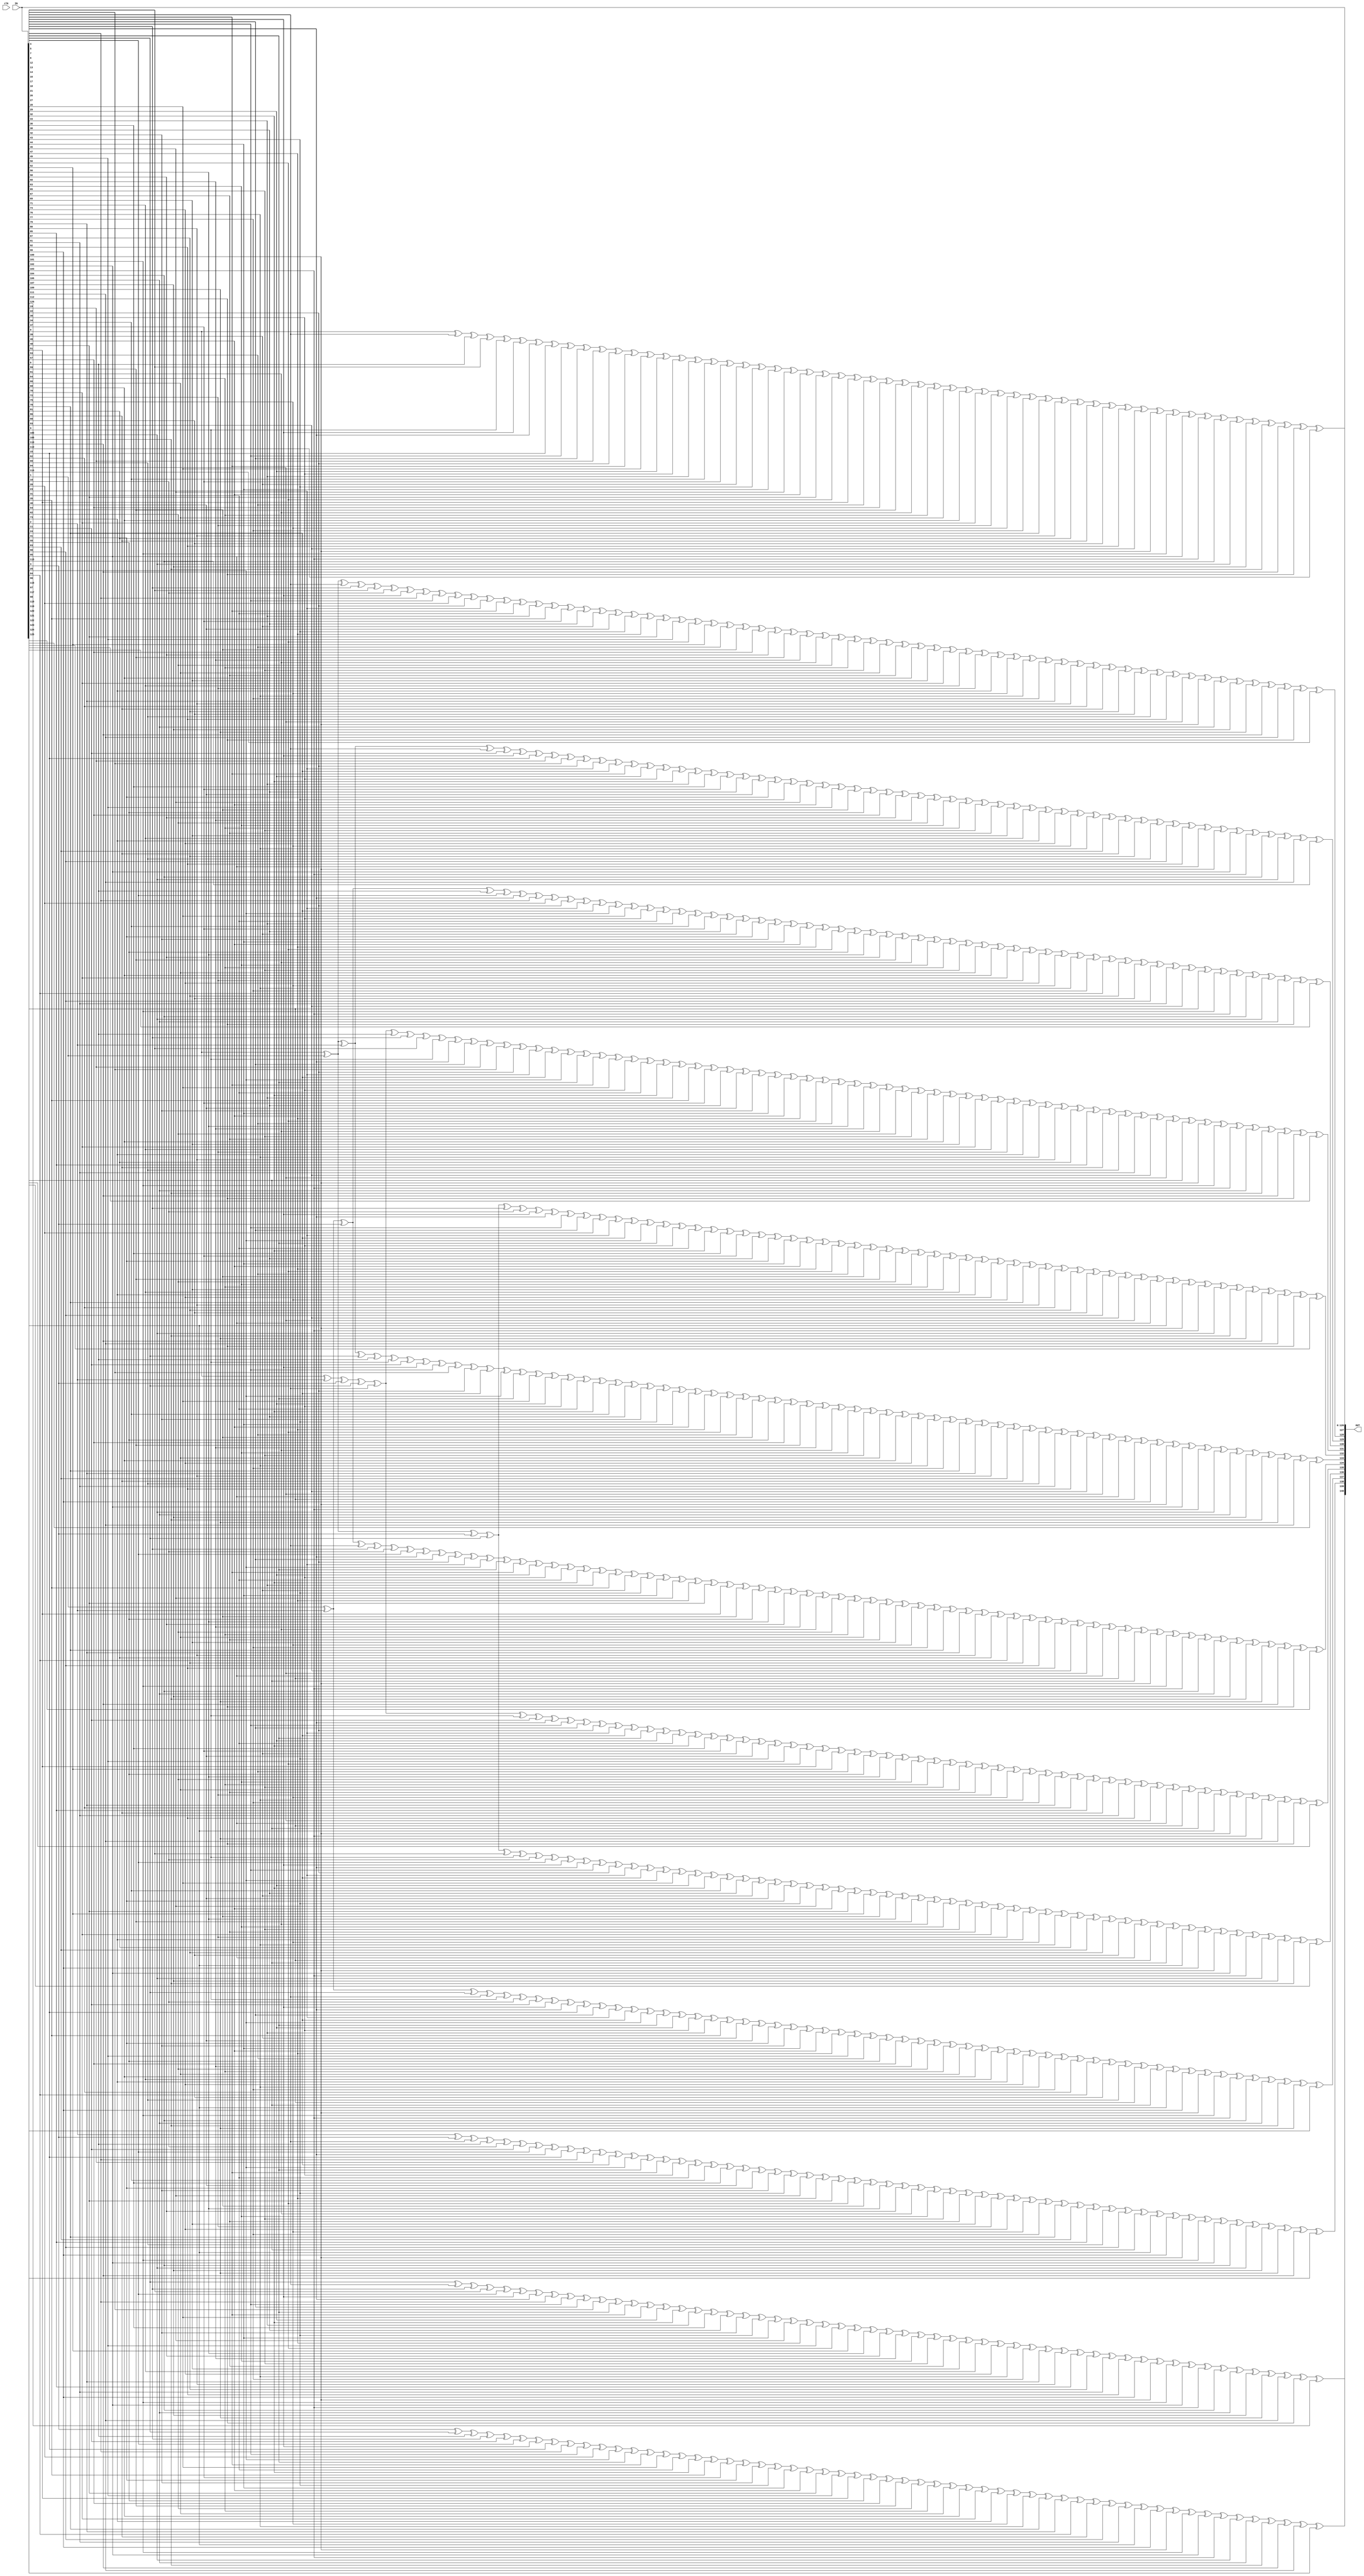
//
// Encoder for 128 bit DEC
//
//

module enc_top (
    input [126:0] IN, 
    output reg [140:0] OUT,
    input clk   
);

    always @(*) begin
       OUT[126:0] <= IN[126:0];
       OUT[127] <= IN[0]^ IN[5]^ IN[6]^ IN[8]^ IN[9]^ IN[13]^ IN[14]^ IN[15]^ IN[17]^ IN[18]^ IN[19]^
              IN[22]^ IN[27]^ IN[28]^ IN[29]^ IN[30]^ IN[33]^ IN[34]^ IN[37]^ IN[39]^ IN[43]^
              IN[44]^ IN[45]^ IN[46]^ IN[48]^ IN[50]^ IN[51]^ IN[53]^ IN[57]^ IN[59]^ IN[61]^
              IN[64]^ IN[66]^ IN[68]^ IN[70]^ IN[72]^ IN[75]^ IN[77]^ IN[78]^ IN[80]^ IN[81]^
              IN[86]^ IN[88]^ IN[92]^ IN[93]^ IN[100]^ IN[101]^ IN[102]^ IN[103]^ IN[104]^ IN[105]^
              IN[107]^ IN[108]^ IN[110]^ IN[112]^ IN[113];

       OUT[128] <= IN[0]^ IN[1]^ IN[5]^ IN[7]^ IN[8]^ IN[10]^ IN[13]^ IN[16]^ IN[17]^ IN[20]^ IN[22]^
              IN[23]^ IN[27]^ IN[31]^ IN[33]^ IN[35]^ IN[37]^ IN[38]^ IN[39]^ IN[40]^ IN[43]^
              IN[47]^ IN[48]^ IN[49]^ IN[50]^ IN[52]^ IN[53]^ IN[54]^ IN[57]^ IN[58]^ IN[59]^
              IN[60]^ IN[61]^ IN[62]^ IN[64]^ IN[65]^ IN[66]^ IN[67]^ IN[68]^ IN[69]^ IN[70]^
              IN[71]^ IN[72]^ IN[73]^ IN[75]^ IN[76]^ IN[77]^ IN[79]^ IN[80]^ IN[82]^ IN[86]^
              IN[87]^ IN[88]^ IN[89]^ IN[92]^ IN[94]^ IN[100]^ IN[106]^ IN[107]^ IN[109]^ IN[110]^
              IN[111]^ IN[112]^ IN[114];

       OUT[129] <=  IN[0]^ IN[1]^ IN[2]^ IN[5]^ IN[11]^ IN[13]^ IN[15]^ IN[19]^ IN[21]^ IN[22]^ IN[23]^
               IN[24]^ IN[27]^ IN[29]^ IN[30]^ IN[32]^ IN[33]^ IN[36]^ IN[37]^ IN[38]^ IN[40]^
               IN[41]^ IN[43]^ IN[45]^ IN[46]^ IN[49]^ IN[54]^ IN[55]^ IN[57]^ IN[58]^ IN[60]^
               IN[62]^ IN[63]^ IN[64]^ IN[65]^ IN[67]^ IN[69]^ IN[71]^ IN[73]^ IN[74]^ IN[75]^
               IN[76]^ IN[83]^ IN[86]^ IN[87]^ IN[89]^ IN[90]^ IN[92]^ IN[95]^ IN[100]^ IN[102]^
               IN[103]^ IN[104]^ IN[105]^ IN[111]^ IN[115];

       OUT[130] <=  IN[1]^ IN[2]^ IN[3]^ IN[6]^ IN[12]^ IN[14]^ IN[16]^ IN[20]^ IN[22]^ IN[23]^ IN[24]^
               IN[25]^ IN[28]^ IN[30]^ IN[31]^ IN[33]^ IN[34]^ IN[37]^ IN[38]^ IN[39]^ IN[41]^ IN[42]^
               IN[44]^ IN[46]^ IN[47]^ IN[50]^ IN[55]^ IN[56]^ IN[58]^ IN[59]^ IN[61]^ IN[63]^ IN[64]^
               IN[65]^ IN[66]^ IN[68]^ IN[70]^ IN[72]^ IN[74]^ IN[75]^ IN[76]^ IN[77]^ IN[84]^ IN[87]^
               IN[88]^ IN[90]^ IN[91]^ IN[93]^ IN[96]^ IN[101]^ IN[103]^ IN[104]^ IN[105]^ IN[106]^
               IN[112]^ IN[116];

       OUT[131] <=  IN[0]^ IN[2]^ IN[3]^ IN[4]^ IN[5]^ IN[6]^ IN[7]^ IN[8]^ IN[9]^ IN[14]^ IN[18]^ IN[19]^
               IN[21]^ IN[22]^ IN[23]^ IN[24]^ IN[25]^ IN[26]^ IN[27]^ IN[28]^ IN[30]^ IN[31]^ IN[32]^
               IN[33]^ IN[35]^ IN[37]^ IN[38]^ IN[40]^ IN[42]^ IN[44]^ IN[46]^ IN[47]^ IN[50]^ IN[53]^
               IN[56]^ IN[60]^ IN[61]^ IN[62]^ IN[65]^ IN[67]^ IN[68]^ IN[69]^ IN[70]^ IN[71]^ IN[72]^
               IN[73]^ IN[76]^ IN[80]^ IN[81]^ IN[85]^ IN[86]^ IN[89]^ IN[91]^ IN[93]^ IN[94]^ IN[97]^
               IN[100]^ IN[101]^ IN[103]^ IN[106]^ IN[108]^ IN[110]^ IN[112]^ IN[117];

       OUT[132] <=  IN[0]^ IN[1]^ IN[3]^ IN[4]^ IN[7]^ IN[10]^ IN[13]^ IN[14]^ IN[17]^ IN[18]^ IN[20]^ IN[23]^
               IN[24]^ IN[25]^ IN[26]^ IN[30]^ IN[31]^ IN[32]^ IN[36]^ IN[37]^ IN[38]^ IN[41]^ IN[44]^																		   
               IN[46]^ IN[47]^ IN[50]^ IN[53]^ IN[54]^ IN[59]^ IN[62]^ IN[63]^ IN[64]^ IN[69]^ IN[71]^
               IN[73]^ IN[74]^ IN[75]^ IN[78]^ IN[80]^ IN[82]^ IN[87]^ IN[88]^ IN[90]^ IN[93]^ IN[94]^
               IN[95]^ IN[98]^ IN[100]^ IN[103]^ IN[105]^ IN[108]^ IN[109]^ IN[110]^ IN[111]^ IN[112]^
               IN[118];

       OUT[133] <=  IN[0]^ IN[1]^ IN[2]^ IN[4]^ IN[6]^ IN[9]^ IN[11]^ IN[13]^ IN[17]^ IN[21]^ IN[22]^ IN[24]^
               IN[25]^ IN[26]^ IN[28]^ IN[29]^ IN[30]^ IN[31]^ IN[32]^ IN[34]^ IN[38]^ IN[42]^ IN[43]^
               IN[44]^ IN[46]^ IN[47]^ IN[50]^ IN[53]^ IN[54]^ IN[55]^ IN[57]^ IN[59]^ IN[60]^ IN[61]^
               IN[63]^ IN[65]^ IN[66]^ IN[68]^ IN[74]^ IN[76]^ IN[77]^ IN[78]^ IN[79]^ IN[80]^ IN[83]^
               IN[86]^ IN[89]^ IN[91]^ IN[92]^ IN[93]^ IN[94]^ IN[95]^ IN[96]^ IN[99]^ IN[100]^ IN[102]^
               IN[103]^ IN[105]^ IN[106]^ IN[107]^ IN[108]^ IN[109]^ IN[111]^ IN[119];

       OUT[134] <=  IN[1]^ IN[2]^ IN[3]^ IN[5]^ IN[7]^ IN[10]^ IN[12]^ IN[14]^ IN[18]^ IN[22]^ IN[23]^ IN[25]^
               IN[26]^ IN[27]^ IN[29]^ IN[30]^ IN[31]^ IN[32]^ IN[33]^ IN[35]^ IN[39]^ IN[43]^ IN[44]^
               IN[45]^ IN[47]^ IN[48]^ IN[51]^ IN[54]^ IN[55]^ IN[56]^ IN[58]^ IN[60]^ IN[61]^ IN[62]^
               IN[64]^ IN[66]^ IN[67]^ IN[69]^ IN[75]^ IN[77]^ IN[78]^ IN[79]^ IN[80]^ IN[81]^ IN[84]^ 
               IN[87]^ IN[90]^ IN[92]^ IN[93]^ IN[94]^ IN[95]^ IN[96]^ IN[97]^ IN[100]^ IN[101]^ IN[103]^
               IN[104]^ IN[106]^ IN[107]^ IN[108]^ IN[109]^ IN[110]^ IN[112]^ IN[120];

       OUT[135] <=  IN[0]^ IN[2]^ IN[3]^ IN[4]^ IN[5]^ IN[9]^ IN[11]^ IN[14]^ IN[17]^ IN[18]^ IN[22]^ IN[23]^
               IN[24]^ IN[26]^ IN[29]^ IN[31]^ IN[32]^ IN[36]^ IN[37]^ IN[39]^ IN[40]^ IN[43]^ IN[49]^
               IN[50]^ IN[51]^ IN[52]^ IN[53]^ IN[55]^ IN[56]^ IN[62]^ IN[63]^ IN[64]^ IN[65]^ IN[66]^
               IN[67]^ IN[72]^ IN[75]^ IN[76]^ IN[77]^ IN[79]^ IN[82]^ IN[85]^ IN[86]^ IN[91]^ IN[92]^
               IN[94]^ IN[95]^ IN[96]^ IN[97]^ IN[98]^ IN[100]^ IN[103]^ IN[109]^ IN[111]^ IN[112]^ IN[121];

       OUT[136] <=  IN[0]^ IN[1]^ IN[3]^ IN[4]^ IN[8]^ IN[9]^ IN[10]^ IN[12]^ IN[13]^ IN[14]^ IN[17]^ IN[22]^ IN[23]^
               IN[24]^ IN[25]^ IN[28]^ IN[29]^ IN[32]^ IN[34]^ IN[38]^ IN[39]^ IN[40]^ IN[41]^ IN[43]^ IN[45]^
               IN[46]^ IN[48]^ IN[52]^ IN[54]^ IN[56]^ IN[59]^ IN[61]^ IN[63]^ IN[65]^ IN[67]^ IN[70]^ IN[72]^
               IN[73]^ IN[75]^ IN[76]^ IN[81]^ IN[83]^ IN[87]^ IN[88]^ IN[95]^ IN[96]^ IN[97]^ IN[98]^ IN[99]^
               IN[100]^ IN[102]^ IN[103]^ IN[105]^ IN[107]^ IN[108]^ IN[122];

       OUT[137] <= IN[1]^ IN[2]^ IN[4]^ IN[5]^ IN[9]^ IN[10]^ IN[11]^ IN[13]^ IN[14]^ IN[15]^ IN[18]^ IN[23]^ IN[24]^
               IN[25]^ IN[26]^ IN[29]^ IN[30]^ IN[33]^ IN[35]^ IN[39]^ IN[40]^ IN[41]^ IN[42]^ IN[44]^ IN[46]^
               IN[47]^ IN[49]^ IN[53]^ IN[55]^ IN[57]^ IN[60]^ IN[62]^ IN[64]^ IN[66]^ IN[68]^ IN[71]^ IN[73]^
               IN[74]^ IN[76]^ IN[77]^ IN[82]^ IN[84]^ IN[88]^ IN[89]^ IN[96]^ IN[97]^ IN[98]^ IN[99]^ IN[100]^ 
               IN[101]^ IN[103]^ IN[104]^ IN[106]^ IN[108]^ IN[109]^ IN[123];

       OUT[138] <= IN[2]^ IN[3]^ IN[5]^ IN[6]^ IN[10]^ IN[11]^ IN[12]^ IN[14]^ IN[15]^ IN[16]^ IN[19]^ IN[24]^ IN[25]^
               IN[26]^ IN[27]^ IN[30]^ IN[31]^ IN[34]^ IN[36]^ IN[40]^ IN[41]^ IN[42]^ IN[43]^ IN[45]^ IN[47]^ IN[48]^
               IN[50]^ IN[54]^ IN[56]^ IN[58]^ IN[61]^ IN[63]^ IN[65]^ IN[67]^ IN[69]^ IN[72]^ IN[74]^ IN[75]^ IN[77]^
               IN[78]^ IN[83]^ IN[85]^ IN[89]^ IN[90]^ IN[97]^ IN[98]^ IN[99]^ IN[100]^ IN[101]^ IN[102]^ IN[104]^
               IN[105]^ IN[107]^ IN[109]^ IN[110]^ IN[124];

       OUT[139] <= IN[3]^ IN[4]^ IN[6]^ IN[7]^ IN[11]^ IN[12]^IN[13]^ IN[15]^ IN[16]^ IN[17]^ IN[20]^ IN[25]^ IN[26]^
               IN[27]^ IN[28]^ IN[31]^ IN[32]^ IN[35]^ IN[37]^ IN[41]^ IN[42]^ IN[43]^ IN[44]^ IN[46]^ IN[48]^
               IN[49]^ IN[51]^ IN[55]^ IN[57]^ IN[59]^ IN[62]^ IN[64]^ IN[66]^ IN[68]^ IN[70]^ IN[73]^ IN[75]^
               IN[76]^ IN[78]^ IN[79]^ IN[84]^ IN[86]^ IN[90]^ IN[91]^ IN[98]^ IN[99]^ IN[100]^ IN[101]^ IN[102]^
               IN[103]^ IN[105]^ IN[106]^ IN[108]^ IN[110]^ IN[111]^ IN[125];

       OUT[140] <=  IN[4]^ IN[5]^ IN[7]^ IN[8]^ IN[12]^ IN[13]^ IN[14]^ IN[16]^ IN[17]^ IN[18]^ IN[21]^ IN[26]^ IN[27]^
                IN[28]^ IN[29]^ IN[32]^ IN[33]^ IN[36]^ IN[38]^ IN[42]^ IN[43]^ IN[44]^ IN[45]^ IN[47]^ IN[49]^
                IN[50]^ IN[52]^ IN[56]^ IN[58]^ IN[60]^ IN[63]^ IN[65]^ IN[67]^ IN[69]^ IN[71]^ IN[74]^ IN[76]^
                IN[77]^ IN[79]^ IN[80]^ IN[85]^ IN[87]^ IN[91]^ IN[92]^ IN[99]^ IN[100]^ IN[101]^ IN[102]^
                IN[103]^ IN[104]^ IN[106]^ IN[107]^ IN[109]^ IN[111]^ IN[112]^ IN[126];



    end
endmodule